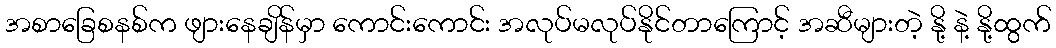
အစာခြေစနစ်က ဖျားနေချိန်မှာ ကောင်းကောင်း အလုပ်မလုပ်နိုင်တာကြောင့် အဆီများတဲ့ နို့ နဲ့ နို့ထွက်